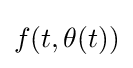
f(t,\theta (t))